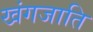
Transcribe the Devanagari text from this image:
खंगजाति